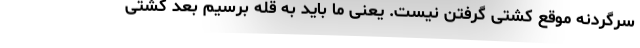
سرگردنه موقع کُشتی گرفتن نیست. یعنی ما باید به قله برسیم بعد کُشتی